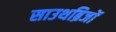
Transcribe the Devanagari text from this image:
साउथब्रिजों